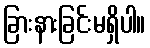
ခြားနားခြင်းမရှိပါ။